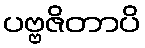
ပဗ္ဗဇိတာပိ